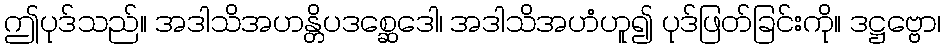
ဤပုဒ်သည်။ အဒါသိအဟန္တိပဒစ္ဆေဒေါ၊ အဒါသိအဟံဟူ၍ ပုဒ်ဖြတ်ခြင်းကို။ ဒဋ္ဌဗ္ဗော၊